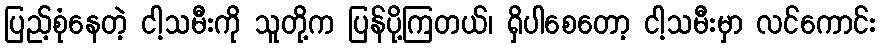
ပြည့်စုံနေတဲ့ ငါ့သမီးကို သူတို့က ပြန်ပို့ကြတယ်၊ ရှိပါစေတော့ ငါ့သမီးမှာ လင်ကောင်း